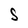
Character: S